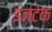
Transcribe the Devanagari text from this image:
इज़टेक